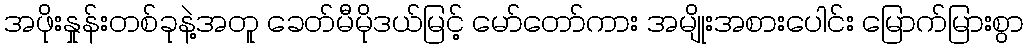
အဖိုးနှုန်းတစ်ခုနဲ့အတူ ခေတ်မီမိုဒယ်မြင့် မော်တော်ကား အမျိုးအစားပေါင်း မြောက်မြားစွာ